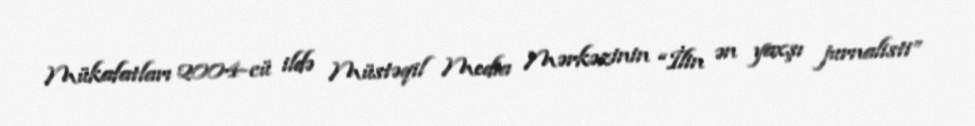
Mükafatları 2004-cü ildə Müstəqil Media Mərkəzinin “İlin ən yaxşı jurnalisti”